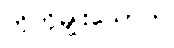
ကိုကိုမျိုးသော်က